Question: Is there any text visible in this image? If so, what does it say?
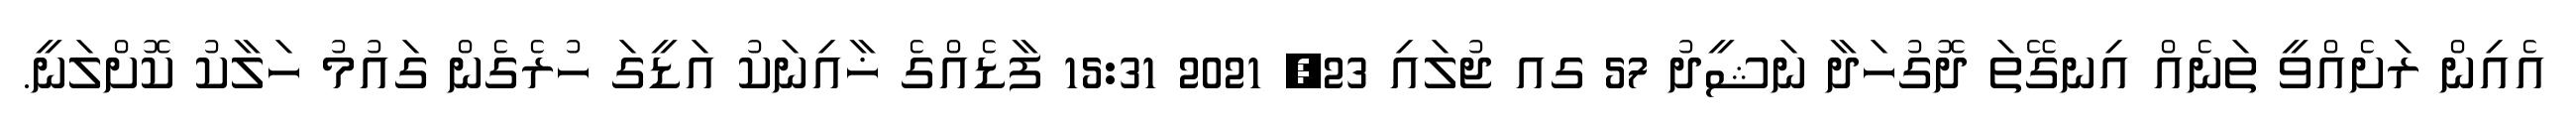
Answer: އެއިން ރަށެއްވީ ތަނެއް އިނގޭތަ ދޮގުހަދާ ނަޝީދު 57 ގއ ޖުލައި 23, 2021 15:31 ފާޑެއްގެ ޚާއިނަކު އަޑީގަ ހުރެގެން ގައުމު ހަލާކު ކޮށްލަނީ.